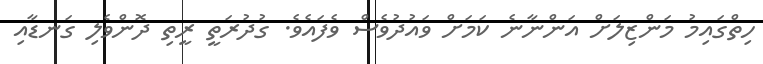
ހިތްގައިމު މަންޒިލަށް އަންނާނެ ކަމަށް ވައުދުވެސް ވެފައެވެ. ގުދުރަތީ ރީތި ދޮންވެލި ގަނޑާއި